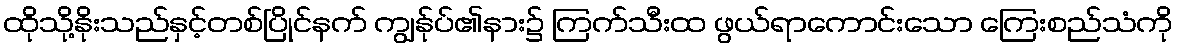
ထိုသို့နိုးသည်နှင့်တစ်ပြိုင်နက် ကျွန်ုပ်၏နား၌ ကြက်သီးထ ဖွယ်ရာကောင်းသော ကြေးစည်သံကို